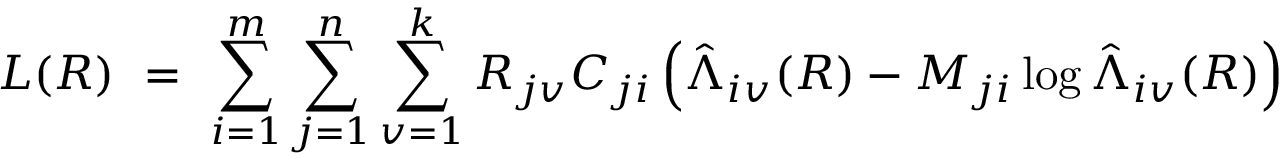
L ( R ) \ = \ \sum _ { i = 1 } ^ { m } \sum _ { j = 1 } ^ { n } \sum _ { v = 1 } ^ { k } R _ { j v } C _ { j i } \left( \hat { \Lambda } _ { i v } ( R ) - M _ { j i } \log \hat { \Lambda } _ { i v } ( R ) \right)